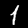
Label: 1